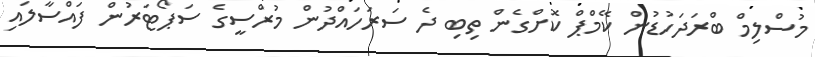
މުސްލިމް ބްރަދަހުޑުން ކޭމްޕް ކޮށްގެން ތިބި ދެ ސަރަހައްދުން މުރްސީގެ ސަޕޯޓަރުން ފައްސާލައި